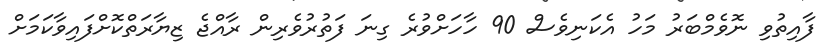
ފާއިތުވި ނޮވެމްބަރު މަހު އެކަނިވެސް 90 ހާހަށްވުރެ ގިނަ ފަތުރުވެރިން ރާއްޖެ ޒިޔާރަތްކޮށްފައިވާކަމަށް